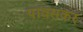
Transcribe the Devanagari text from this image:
पावसकर